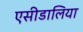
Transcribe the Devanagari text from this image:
एसीडालिया